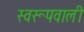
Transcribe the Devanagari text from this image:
स्वरूपवाली